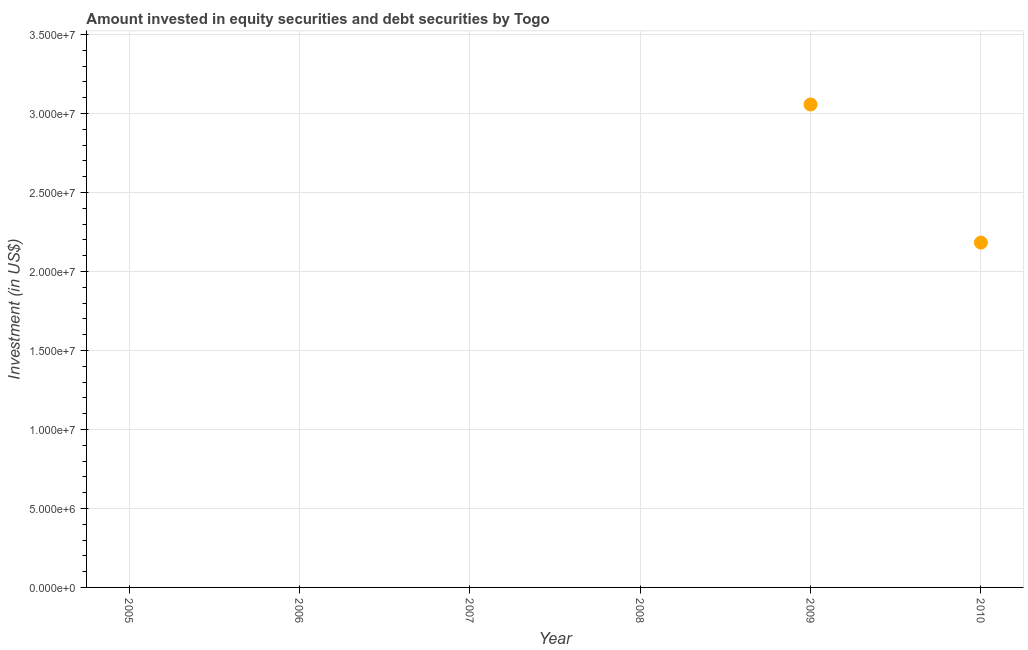
| Year | Portfolio Investment |
 | --- | --- |
 | 2005 | -2.47e+06 |
 | 2006 | -6.27e+07 |
 | 2007 | -1.93e+07 |
 | 2008 | -1.21e+07 |
 | 2009 | 3.06e+07 |
 | 2010 | 2.18e+07 |